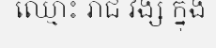
ឈ្មោះ រាជ វង្ស ក្នុង